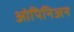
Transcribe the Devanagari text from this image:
ओपिनिअन